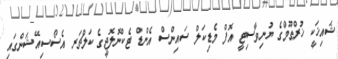
ޝައިޚަކީ ޚުރްޠޫމްގެ ޔުނިވާސިޓީ އޮފް މެޑިކަލް ސައިންސް އެންޑް ޓެކްނޮލޮޖީގެ ކަލްޗަރ އެސޯސިއޭޝަންގައި